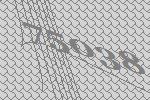
75038